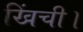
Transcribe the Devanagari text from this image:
खिंची।